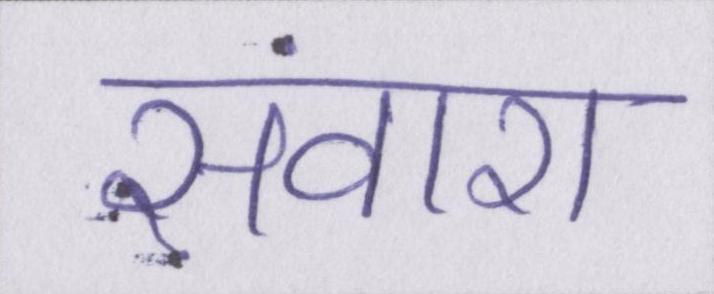
संवारा